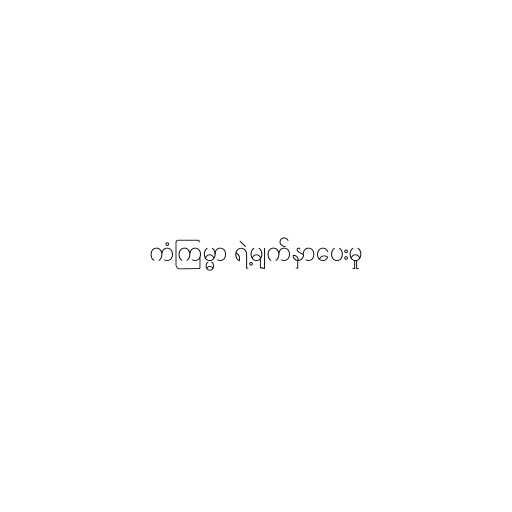
ကံကြမ္မာ ရဲ့မျက်နှာပေးမှု